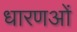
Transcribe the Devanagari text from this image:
धारणओं